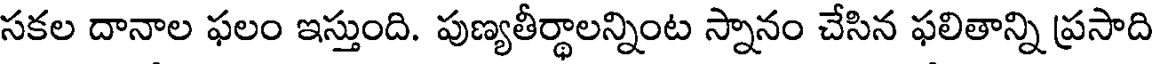
సకల దానాల ఫలం ఇస్తుంది. పుణ్యతీర్థాలన్నింట స్నానం చేసిన ఫలితాన్ని ప్రసాది